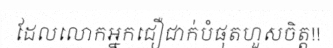
ដែលលោកអ្នកជឿជាក់បំផុតហួសចិត្ត!!